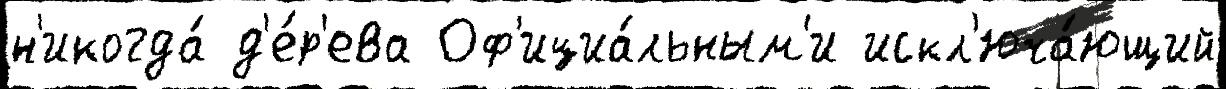
н'икогда́ д'е́р'ева Оф'ициа́льным'и искл'юча́ющий